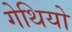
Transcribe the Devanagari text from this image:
गेथियो